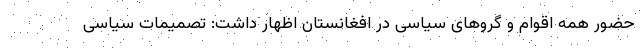
حضور همه اقوام و گروهای سیاسی در افغانستان اظهار داشت: تصمیمات سیاسی